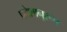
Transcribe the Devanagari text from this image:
प्रदेशानुरूप